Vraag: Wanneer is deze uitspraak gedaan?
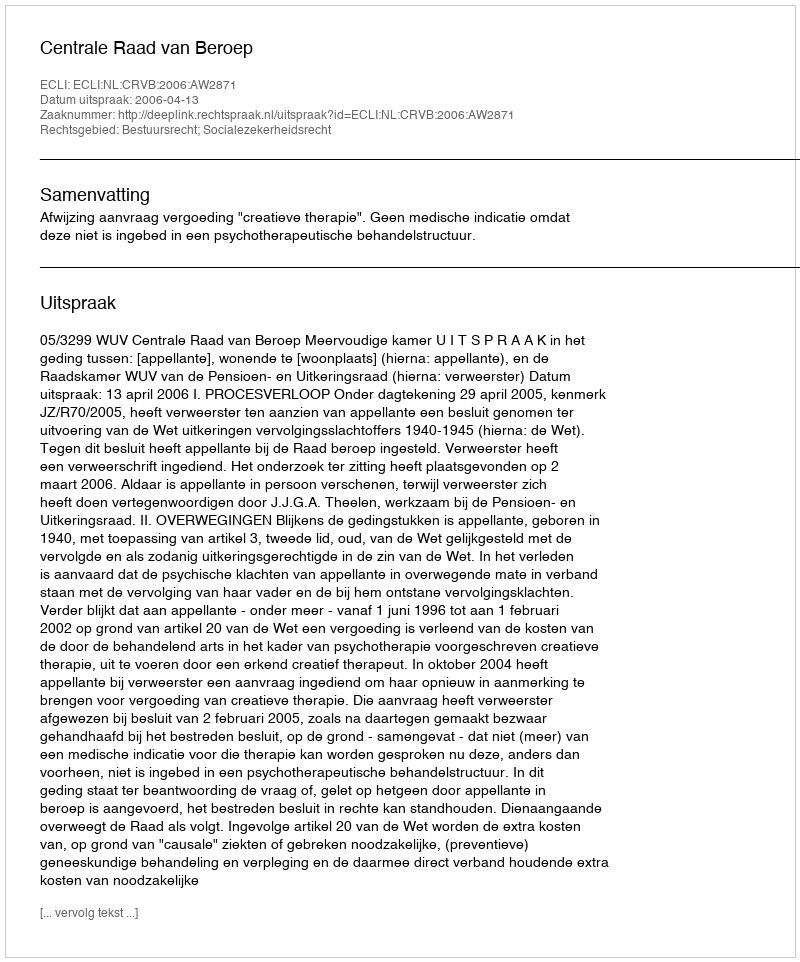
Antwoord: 2006-04-13